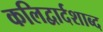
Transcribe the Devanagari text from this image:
कलिद्वार्दशाब्द